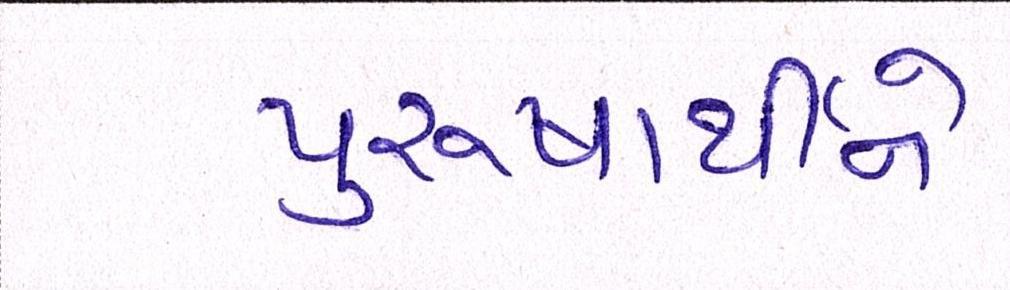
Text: પુરુષાર્થીને